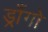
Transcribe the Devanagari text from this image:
ड्राँगो